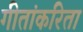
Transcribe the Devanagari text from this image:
गीतांकरिता